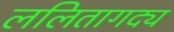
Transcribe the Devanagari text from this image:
ललितागद्य